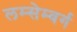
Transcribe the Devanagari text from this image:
लम्सेम्बर्ग